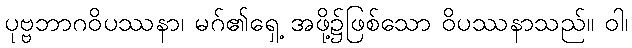
ပုဗ္ဗဘာဂဝိပဿနာ၊ မဂ်၏ရှေ့ အဖို့၌ဖြစ်သော ဝိပဿနာသည်။ ဝါ၊